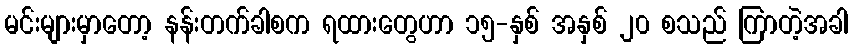
မင်းများမှာတော့ နန်းတက်ခါစက ရထားတွေဟာ ၁၅-နှစ် အနှစ် ၂၀ စသည် ကြာတဲ့အခါ